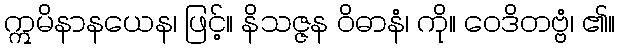
ဣမိနာနယေန၊ ဖြင့်။ နိသဇ္ဇန ဝိဓာနံ၊ ကို။ ဝေဒိတဗ္ဗံ၊ ၏။